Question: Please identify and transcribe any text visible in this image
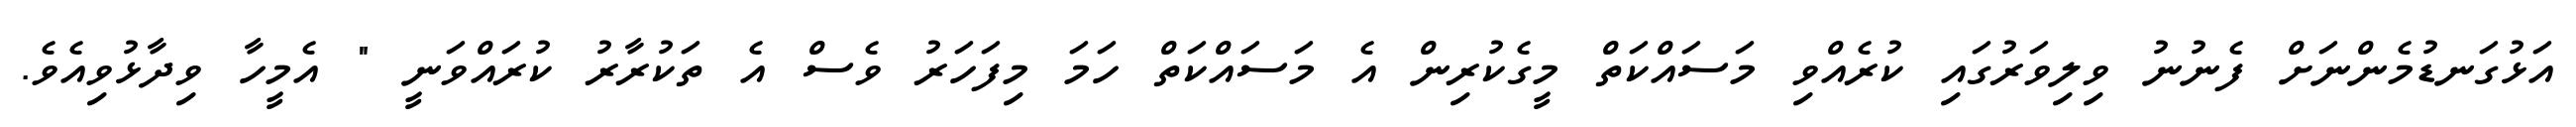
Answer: އަޅުގަނޑުމެންނަށް ފެނުނު ވިލިވަރުގައި ކުރެއްވި މަސައްކަތް މީގެކުރިން އެ މަސައްކަތް ހަމަ މިފަހަރު ވެސް އެ ތަކުރާރު ކުރައްވަނީ " އެމީހާ ވިދާޅުވިއެވެ.